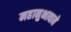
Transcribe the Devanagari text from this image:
महानुभावावे